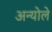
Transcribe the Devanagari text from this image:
अन्योले